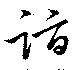
詣